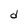
Character: d